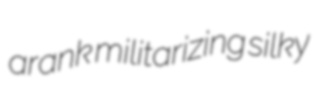
arank militarizing silky